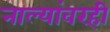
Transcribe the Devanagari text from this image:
नाल्यांवरही